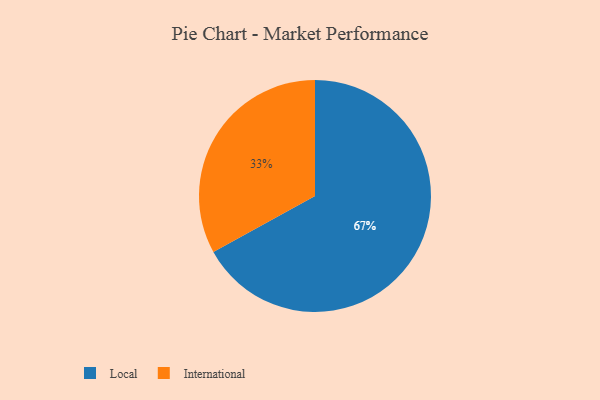
{"axis": {"x": "Category", "y": "Percentage"}, "legend": ["International", "Local"], "data": [{"x": "International", "y": 33, "type": "International"}, {"x": "Local", "y": 67, "type": "Local"}]}